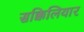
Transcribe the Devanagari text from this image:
सक्किलियार